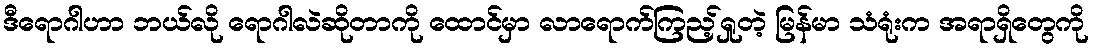
ဒီရောဂါဟာ ဘယ်လို ရောဂါလဲဆိုတာကို ထောင်မှာ လာရောက်ကြည့်ရှုတဲ့ မြန်မာ သံရုံးက အရာရှိတွေကို